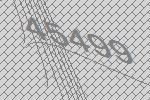
45499